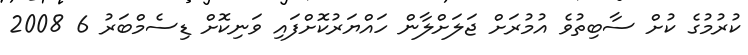
ކުރުމުގެ ކުށް ސާބިތުވެ އުމުރަށް ޖަލަށްލާން ހައްޔަރުކޮށްފައި ވަނިކޮށް ޑިސެމްބަރު 6 2008